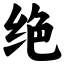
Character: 绝